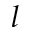
l